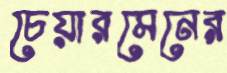
চেয়ারমেনের